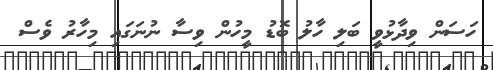
ހަސަން ވިދާޅުވީ ބަލި ހާލު ބޮޑު މީހުން ވިސާ ނުނަގައި މިހާރު ވެސް